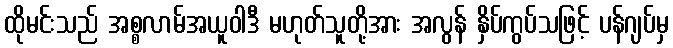
ထိုမင်းသည် အစ္စလာမ်အယူဝါဒီ မဟုတ်သူတို့အား အလွန် နှိပ်ကွပ်သဖြင့် ပန်ဂျပ်မှ